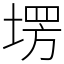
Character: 塄